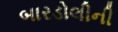
બારડોલીની